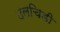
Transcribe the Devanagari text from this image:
दलचिडी